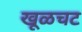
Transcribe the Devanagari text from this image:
खूळचट